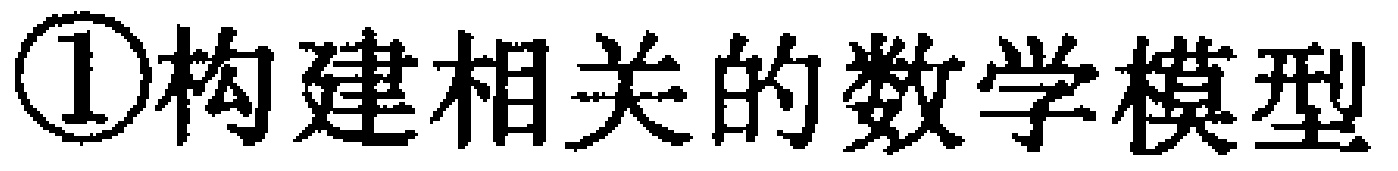
\textcircled{1}构建相关的数学模型